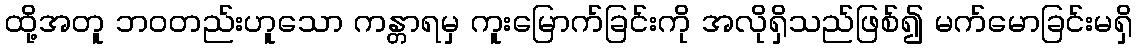
ထို့အတူ ဘဝတည်းဟူသော ကန္တာရမှ ကူးမြောက်ခြင်းကို အလိုရှိသည်ဖြစ်၍ မက်မောခြင်းမရှိ